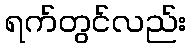
ရက်တွင်လည်း